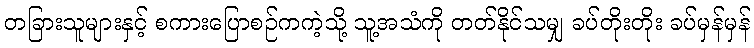
တခြားသူများနှင့် စကားပြောစဉ်ကကဲ့သို့ သူ့အသံကို တတ်နိုင်သမျှ ခပ်တိုးတိုး ခပ်မှန်မှန်